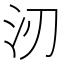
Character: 㲽